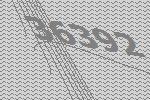
36392